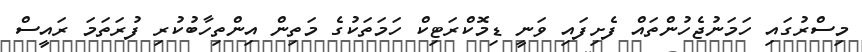
މިސްރުގައި ހަމަނުޖެހުންތައް ފެށިފައި ވަނީ ޑިމޮކްރަޓިކް ހަމަތަކުގެ މަތިން އިންތިހާބުކުރި ފުރަތަމަ ރައީސް